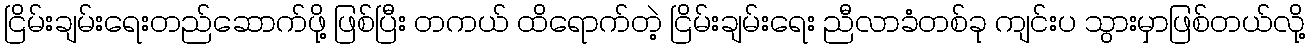
ငြိမ်းချမ်းရေးတည်ဆောက်ဖို့ ဖြစ်ပြီး တကယ် ထိရောက်တဲ့ ငြိမ်းချမ်းရေး ညီလာခံတစ်ခု ကျင်းပ သွားမှာဖြစ်တယ်လို့